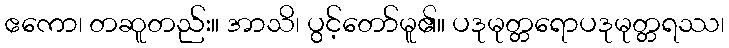
ဧကော၊ တဆူတည်း။ အာသိ၊ ပွင့်တော်မူ၏။ ပဒုမုတ္တရောပဒုမုတ္တရဿ၊